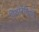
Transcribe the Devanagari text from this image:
वियारेगिओ